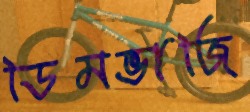
ডিমভাজি